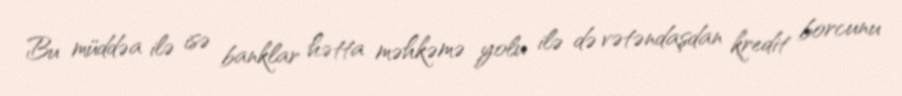
Bu müddəa ilə isə banklar hətta məhkəmə yolu ilə də vətəndaşdan kredit borcunu